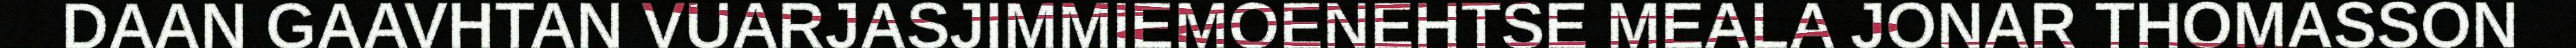
DAAN GAAVHTAN VUARJASJIMMIEMOENEHTSE MEALA JONAR THOMASSON